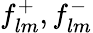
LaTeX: f_{lm}^{+},f_{lm}^{-}